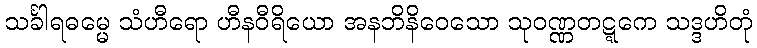
သင်္ခါရဓမ္မေ သံဟီရော ဟီနဝီရိယော အနဘိနိဝေသော သုဝဏ္ဏတဋ္ဋကေ သဒ္ဒဟိတုံ